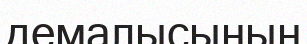
демалысының